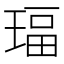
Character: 𰢅